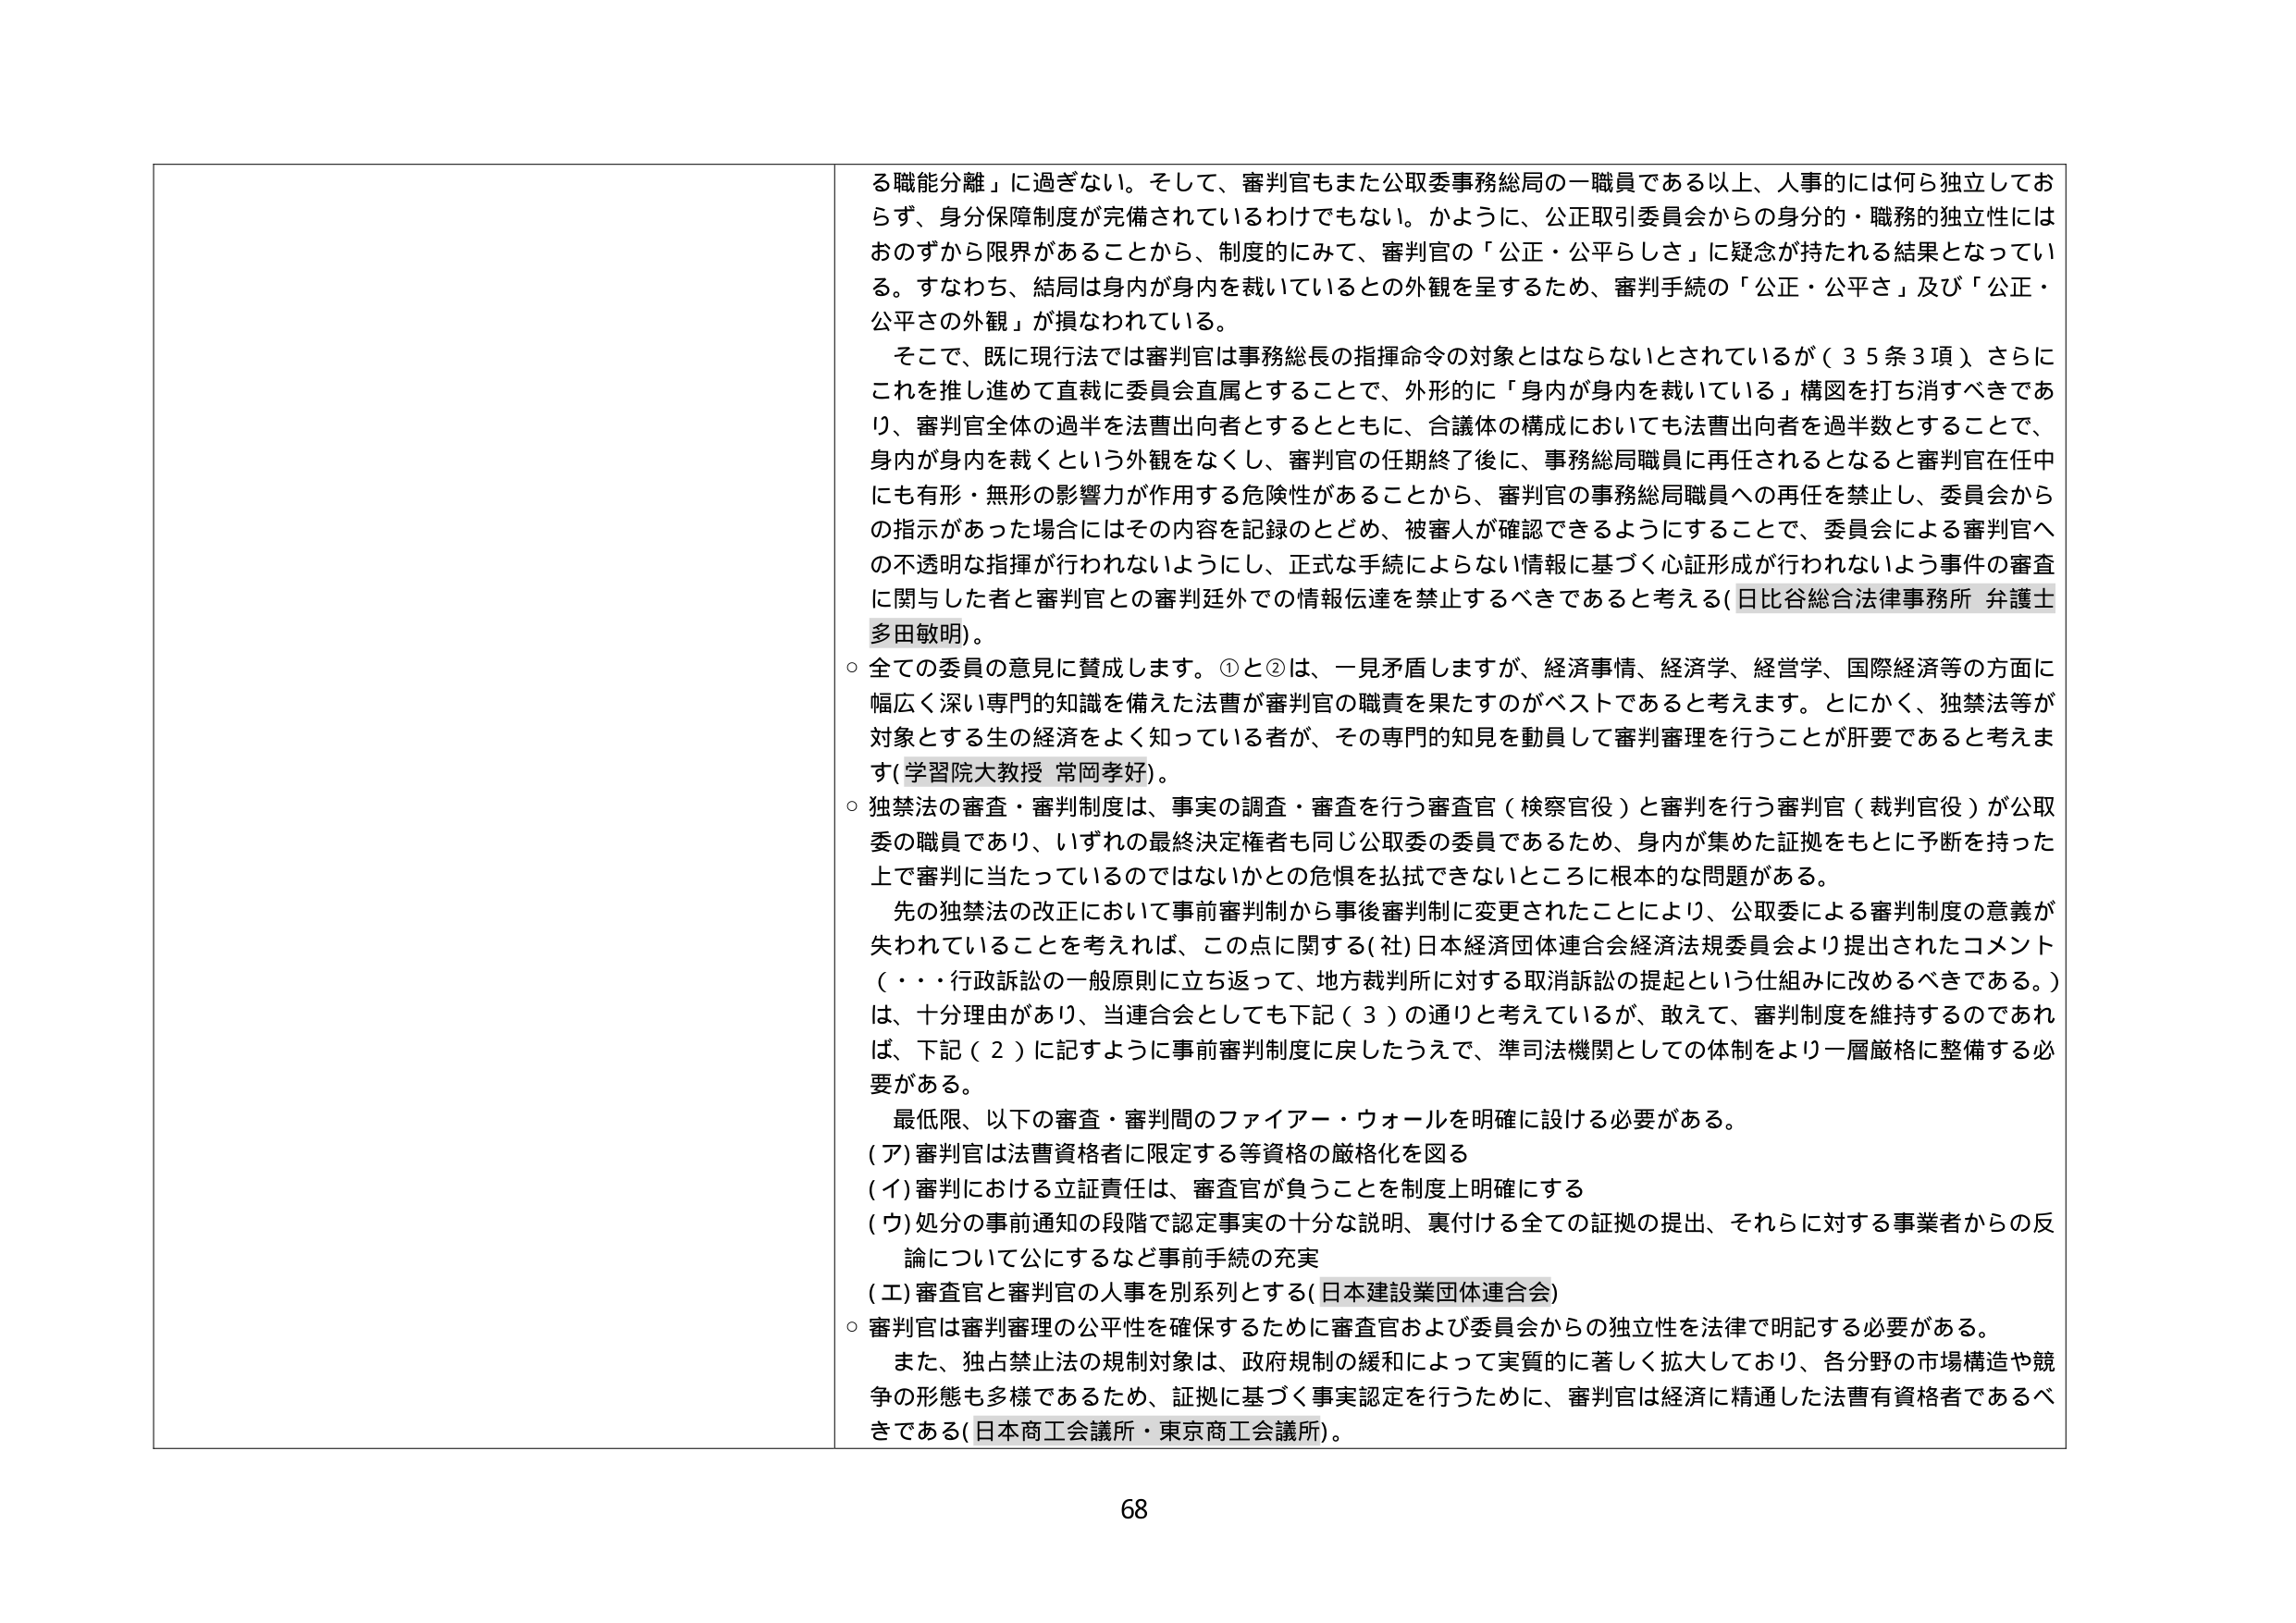
る職能分離」に過ぎない。そして、審判官もまた公取委事務総局の一職員である以上、人事的には何ら独立しておらず、身分保障制度が完備されているわけでもない。かように、公正取引委員会からの身分的・職務的独立性にはおのずから限界があることから、制度的にみて、審判官の「公正・公平らしさ」に疑念が持たれる結果となっている。すなわち、結局は身内が身内を裁いているとの外観を呈するため、審判手続の「公正・公平さ」及び「公正・公平さの外観」が損なわれている。

そこで、既に現行法では審判官は事務総長の指揮命令の対象とはならないとされているが（35条3項）、さらにこれを推し進めて直裁に委員会直属とすることで、外形的に「身内が身内を裁いている」構図を打ち消すべきであり、審判官全体の過半を法曹出向者とするとともに、合議体の構成においても法曹出向者を過半数とすることで、身内が身内を裁くという外観をなくし、審判官の任期終了後に、事務総局職員に再任されるとなると審判官在任中にも有形・無形の影響力が作用する危険性があることから、審判官の事務総局職員への再任を禁止し、委員会からの指示があった場合にはその内容を記録のとどめ、被審人が確認できるようにすることで、委員会による審判官への不透明な指揮が行われないようにし、正式な手続によらない情報に基づく心証形成が行われないよう事件の審査に関与した者と審判官との審判廷外での情報伝達を禁止するべきであると考える（日比谷総合法律事務所 弁護士 多田敏明）。

○ 全ての委員の意見に賛成します。①と②は、一見矛盾しますが、経済事情、経済学、経営学、国際経済等の方面に幅広く深い専門的知識を備えた法曹が審判官の職責を果たすのがベストであると考えます。とにかく、独禁法等が対象とする生の経済をよく知っている者が、その専門的知見を動員して審判審理を行うことが肝要であると考えます（学習院大教授 常岡孝好）。

○ 独禁法の審査・審判制度は、事実の調査・審査を行う審査官（検察官役）と審判を行う審判官（裁判官役）が公取委の職員であり、いずれの最終決定権者も同じ公取委の委員であるため、身内が集めた証拠をもとに予断を持った上で審判に当たっているのではないかとの危惧を払拭できないところに根本的な問題がある。

先の独禁法の改正において事前審判制から事後審判制に変更されたことにより、公取委による審判制度の意義が失われていることを考えれば、この点に関する（社）日本経済団体連合会経済法規委員会より提出されたコメント（・・・行政訴訟の一般原則に立ち返って、地方裁判所に対する取消訴訟の提起という仕組みに改めるべきである。）は、十分理由があり、当連合会としても下記（3）の通りと考えているが、敢えて、審判制度を維持するのであれば、下記（2）に記すように事前審判制度に戻したうえで、準司法機関としての体制をより一層厳格に整備する必要がある。

最低限、以下の審査・審判間のファイアー・ウォールを明確に設ける必要がある。

（ア）審判官は法曹資格者に限定する等資格の厳格化を図る
（イ）審判における立証責任は、審査官が負うことを制度上明確にする
（ウ）処分の事前通知の段階で認定事実の十分な説明、裏付ける全ての証拠の提出、それらに対する事業者からの反論について公にするなど事前手続の充実
（エ）審査官と審判官の人事を別系列とする（日本建設業団体連合会）

○ 審判官は審判審理の公平性を確保するために審査官および委員会からの独立性を法律で明記する必要がある。

また、独占禁止法の規制対象は、政府規制の緩和によって実質的に著しく拡大しており、各分野の市場構造や競争の形態も多様であるため、証拠に基づく事実認定を行うために、審判官は経済に精通した法曹有資格者であるべきである（日本商工会議所・東京商工会議所）。

68